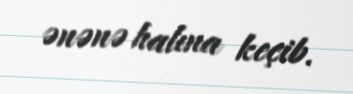
ənənə halına keçib.